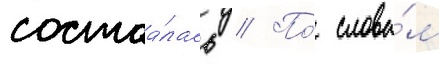
состоа́лась // По́ слова́м